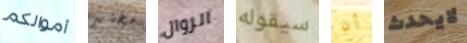
أموالكم مختبر الزوال سيقوله أن لايحدث